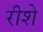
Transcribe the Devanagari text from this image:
रीशे